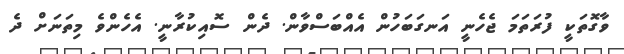
ވާގޮތަކީ ފުރަތަމަ ޖެހެނީ އަނގަބަހުން އެއްބަސްވާން. ދެން ސޮއިކުރާނީ. އެހެންވެ މިތަނަށް ދެ